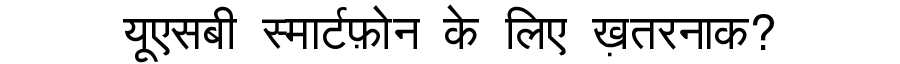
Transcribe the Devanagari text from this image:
यूएसबी स्मार्टफ़ोन के लिए ख़तरनाक?